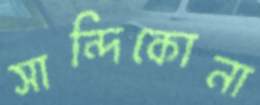
সান্দিকোনা